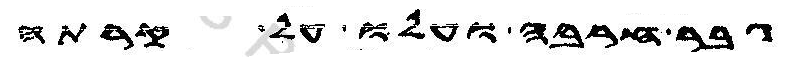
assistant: גבר חרבה ועלו על קרתה